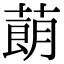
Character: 蓢